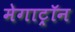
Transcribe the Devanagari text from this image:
मेगाट्रॉन